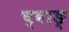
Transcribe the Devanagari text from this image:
च्वाङ्‌